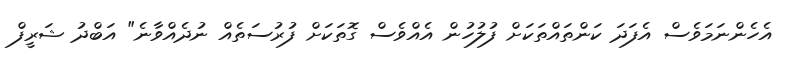
އެހެންނަމަވެސް އެފަދަ ކަންތައްތަކަށް ފުލުހުން އެއްވެސް ގޮތަކަށް ފުރުސަތެއް ނުދެއްވާނެ" އަބްދު ޝަރީފް